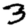
Digit: 3